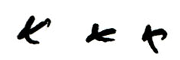
xxx